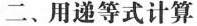
二、用递等式计算